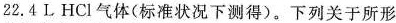
22.4L HCl气体(标准状况下测得)。下列关于所形